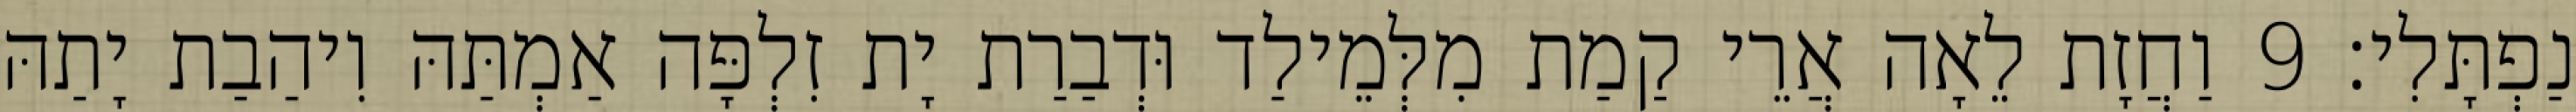
נַפְתָּלִי׃ 9 וַחֲזָת לֵאָה אֲרֵי קַמַת מִלְּמֵילַד וּדְבַרַת יָת זִלְפָּה אַמְתַּהּ וִיהַבַת יָתַהּ